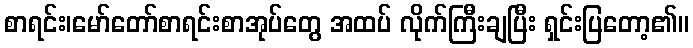
စာရင်း၊မော်တော်စာရင်းစာအုပ်တွေ အထပ် လိုက်ကြီးချပြီး ရှင်းပြတော့၏။